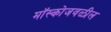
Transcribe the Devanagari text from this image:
मॉस्कोजवळील